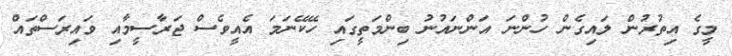
މީގެ އިތުރުން ލައިގެން ހުންނަ އަންނައުނު ބިންމަތީގައި ހޭކޭނަމަ އެއީވެސް ޖަރާސީމާއި ވައިރަސްތައް